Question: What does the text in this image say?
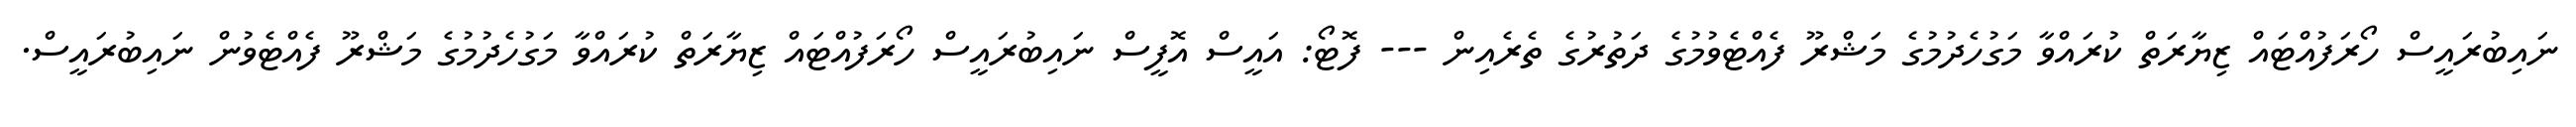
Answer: ނައިބުރައީސް ހޯރަފުއްޓައް ޒިޔާރަތް ކުރައްވާ މަގުހެދުމުގެ މަޝްރޫ ފެއްޓެވުމުގެ ދަތުރުގެ ތެރެއިން --- ފޮޓޯ: އައީސް އޮފީސް ނައިބުރައީސް ހޯރަފުއްޓައް ޒިޔާރަތް ކުރައްވާ މަގުހެދުމުގެ މަޝްރޫ ފެއްޓެވުން ނައިބުރައީސް.